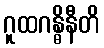
ဂူထဂန္ဓိနီတိ